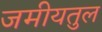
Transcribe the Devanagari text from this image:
जमीयतुल